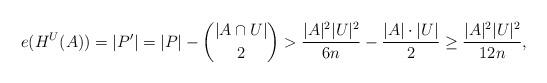
LaTeX: \begin{align*}e(H^U(A))=|P'|=|P|-\binom{|A\cap U|}{2}>\frac{|A|^2|U|^2}{6n}-\frac{|A|\cdot|U|}{2}\geq\frac{|A|^2|U|^2}{12n},\end{align*}